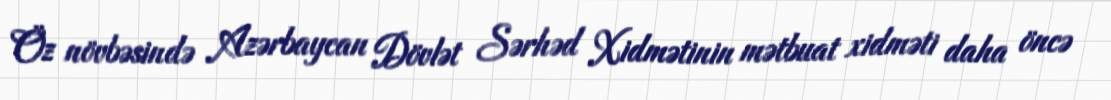
Öz növbəsində Azərbaycan Dövlət Sərhəd Xidmətinin mətbuat xidməti daha öncə